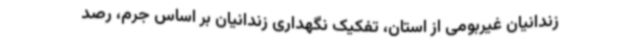
زندانیان غیربومی از استان، تفکیک نگهداری زندانیان بر اساس جرم، رصد